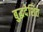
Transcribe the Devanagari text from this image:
बुद्धदेशित